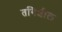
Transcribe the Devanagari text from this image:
तगिशील